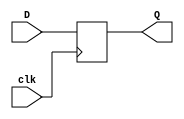
`timescale 1ns / 1ps
//////////////////////////////////////////////////////////////////////////////////
// Company: 
// Engineer: 
// 
// Design Name: 
// Module Name: DFlipFlop
// Project Name: 
// Target Devices: 
// Tool Versions: 
// Description: 
// 
// Dependencies: 
// 
// Revision:
// Revision 0.01 - File Created
// Additional Comments:
// 
//////////////////////////////////////////////////////////////////////////////////


module DFlipFlop(
    clk, D, Q
    );
    input D, clk;
    output reg Q;
    
    always @(posedge clk)
    begin
        Q <= D;
    end
    

endmodule